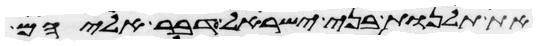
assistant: את תלנות בני ישראל דבר אליהם